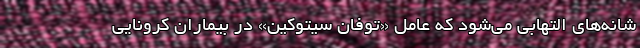
شانه‌های التهابی می‌شود که عامل «توفان سیتوکین» در بیماران کرونایی